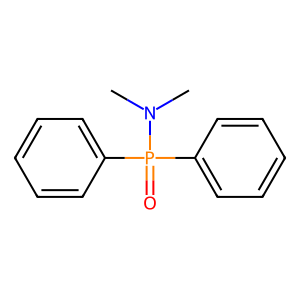
SMILES: CN(C)P(=O)(c1ccccc1)c1ccccc1
Inhibits HIV replication: No